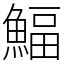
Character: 鰏